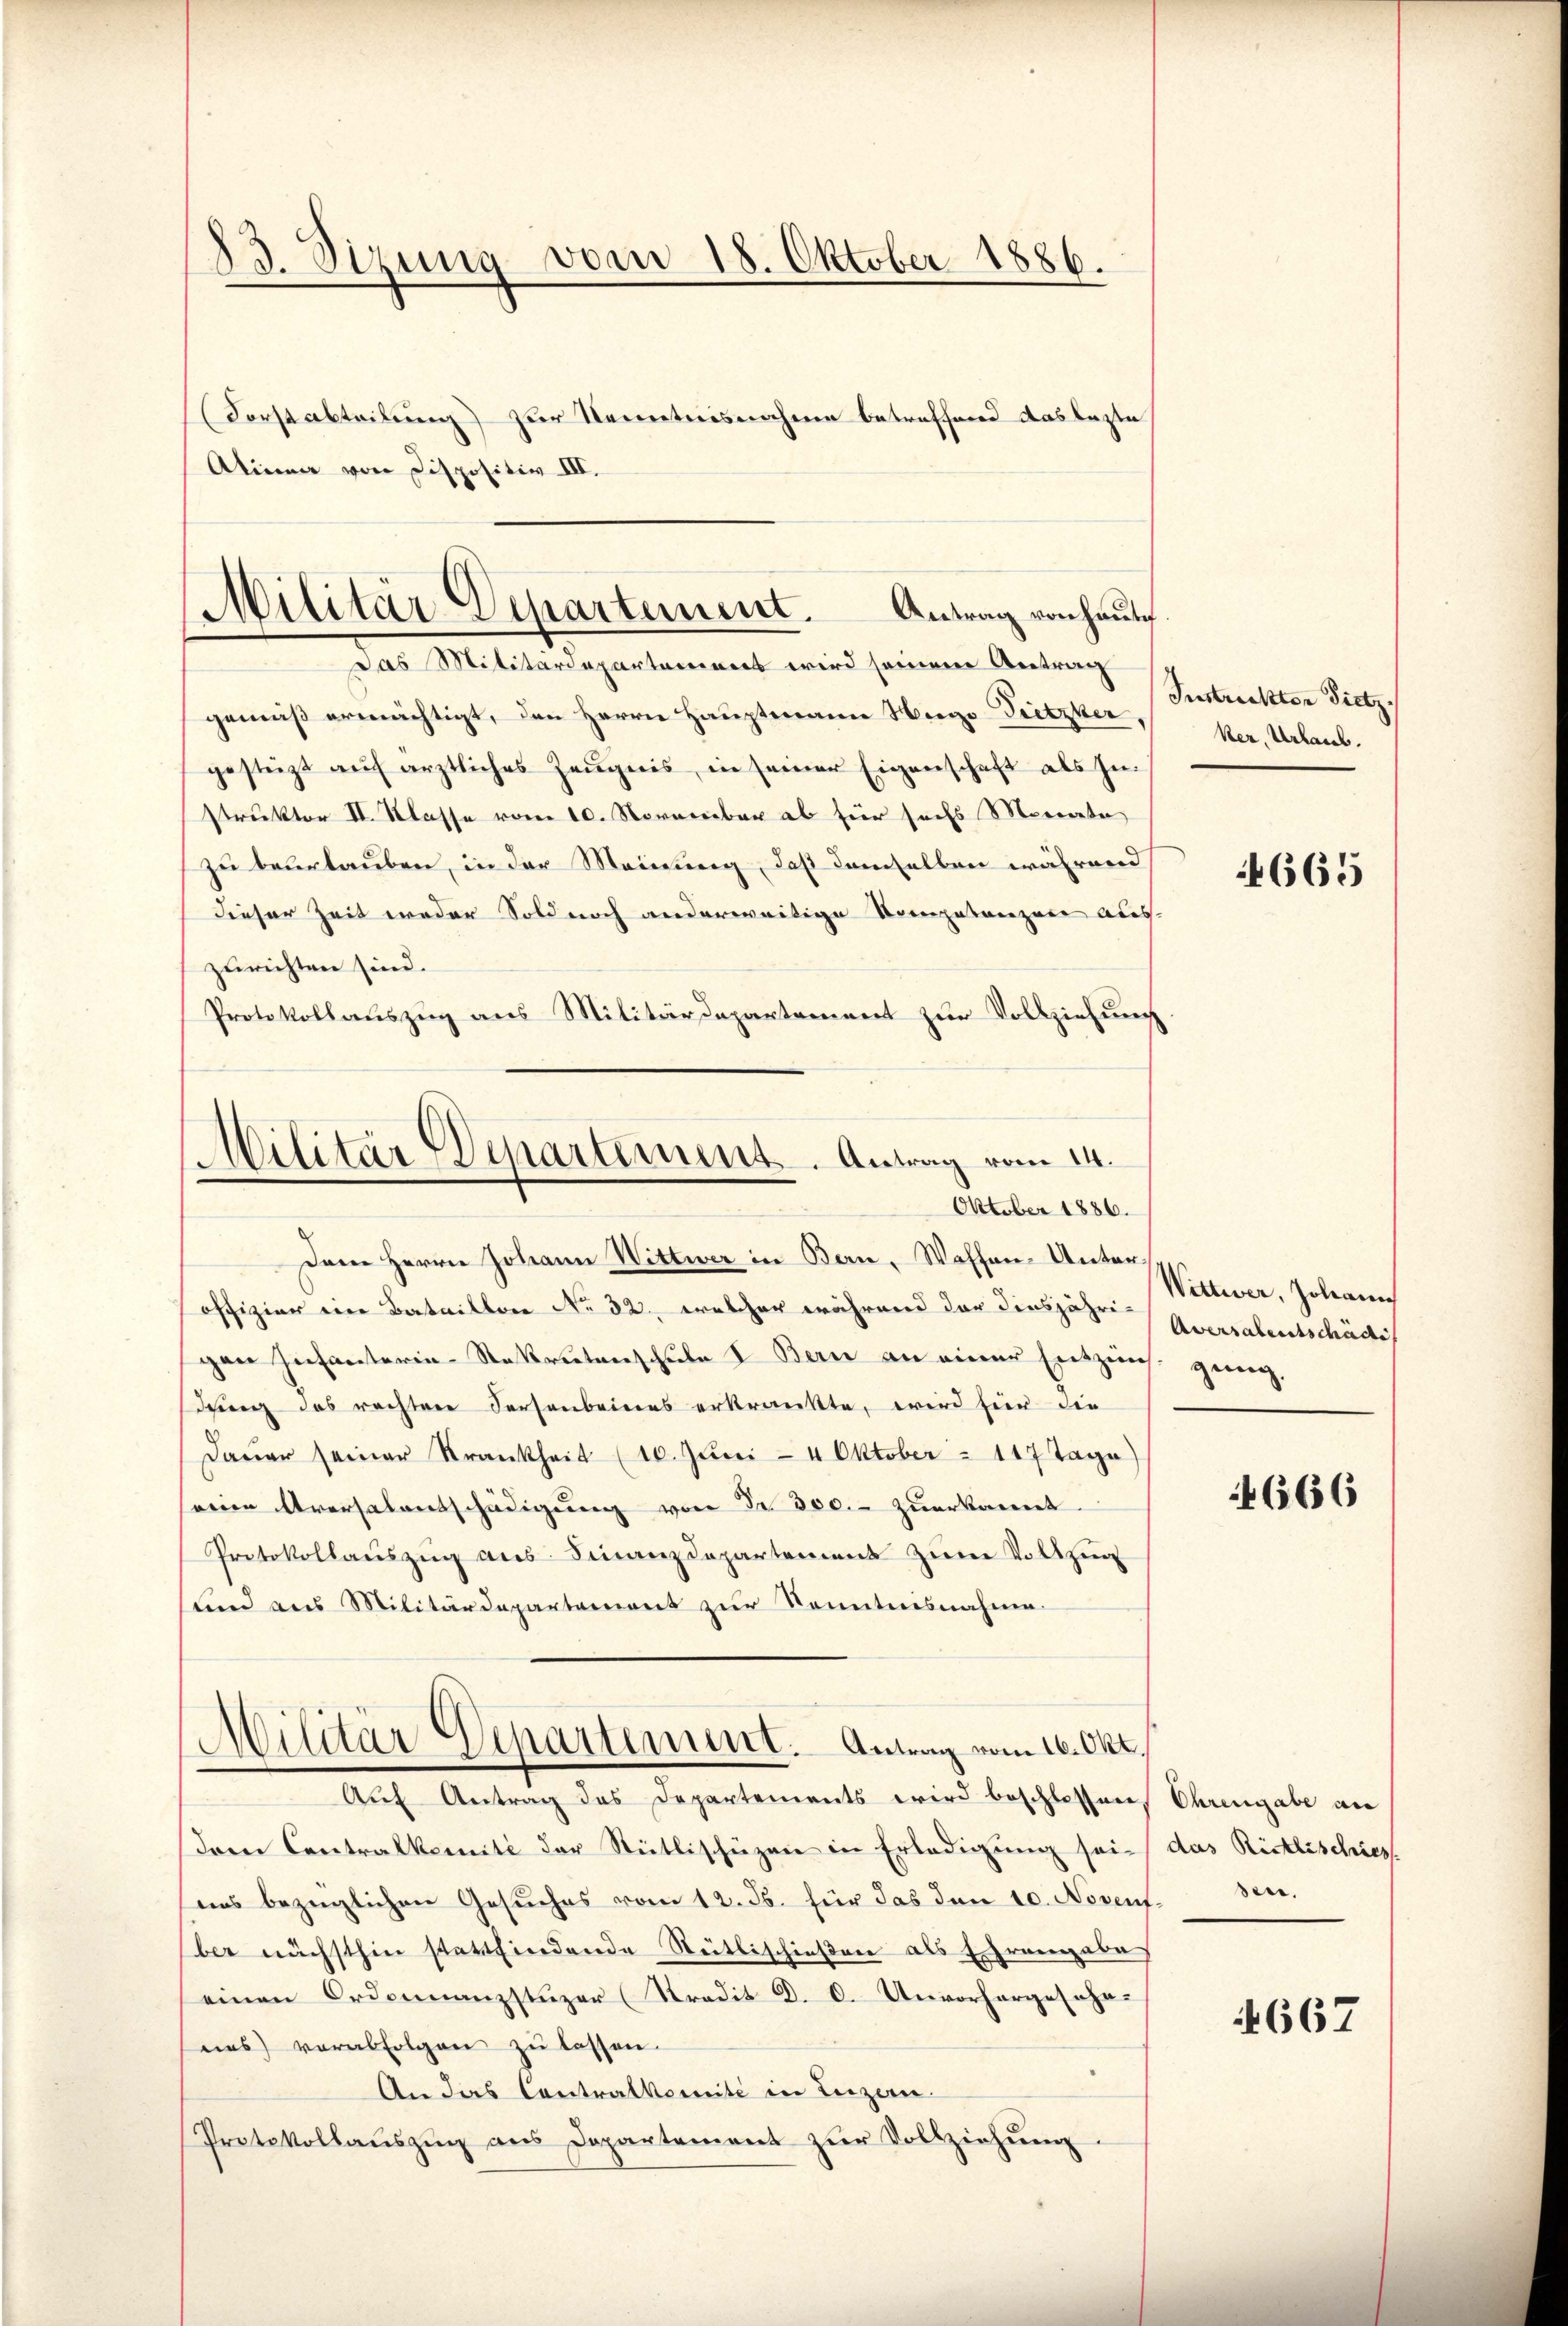
gemäß ermächtigt, den Herrn Hauptmann Nego-Pritzer,
gestüzt aŭf ärztliches Zeŭgnis, in seiner Eigenschaft als In
struktor II. Klasse vom 10. November ab für sechs Monate
zu beurlauben, in der Meinung, daß demselben während
dieser Zeit weder Sold noch anderweitige Kompetenzare aus-
zurichten sind.
Protokollauszug aus Militärdepartement zur Vollziehung
offizier ein Bataillon No 32, welcher während der diesjährigen Infanterie-Rekrutenschule I. Bern an einer Entzins ging,
dung des rechtere Personbaierns erkrankte, wird für die
Daŭer seiner Krankheit (10. Jŭni 4 Oktober - 117 Tage)
reien Aversalentschädigŭng von Fr. 300. zuerkannt.
Protokollauszug aus Finanzdepartement zum Vollzug
Kind aus Militärdepartement zur Kenntnisnahme.
Militär Departement. Antrag vom 16. Okt.
Auf Antrag des Departements wird beschlossen, Ehrengabe an
dem Contralkomité der Stütlischüzen in Erledigung sei das Rütlischies
uns bezüglichen Gesŭches vom 12. Js. für das den 10. Novent. sen.
ber nächsthin stattfindende Stettischießen als Ehrengabe
einen Ordonnanzstuzer (Stradit D. C. Unvorhergeschr.
nes) verabfolgen zu lassen.
An das Contralkomité in Luzern
Protokollauszug aus Departement zur Vollziehung.

83. Sizung vom 18. Oktober 1886.
Forstabteilung) zur Kenntnisnahme betreffend das lezte
Alinea von Dispositiv III.

Militär-Departement. Antrag von haŭte.
Das Militärdepartement wird seinem Antrag

Militär Departement. Antrag vom 14.
Oktober 1886.
Dem Herrn Johann Wittwer in Bern, Waffen-Unter¬

Instruktor Pietz.
ker, Urlaub.

665

Wittwer, Johann
Aversalentschädi

4666

4667